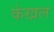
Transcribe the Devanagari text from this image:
कंखल